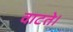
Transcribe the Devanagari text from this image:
वाटते।